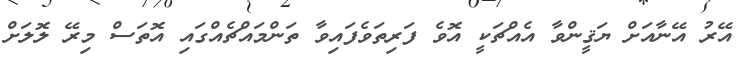
އޭރު އޭނާއަށް ޔަޤީންވާ އެއްޗަކީ އޮވެ ފަރިތަވެފައިވާ ތަންމައްޗެއްގައި އޮތަސް މިރޭ ލޮލަށް